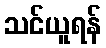
သင်ယူရန်